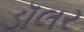
ડૉલર